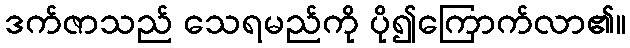
ဒက်ဇာသည် သေရမည်ကို ပို၍ကြောက်လာ၏။